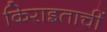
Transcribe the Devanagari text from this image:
किराइताचीं